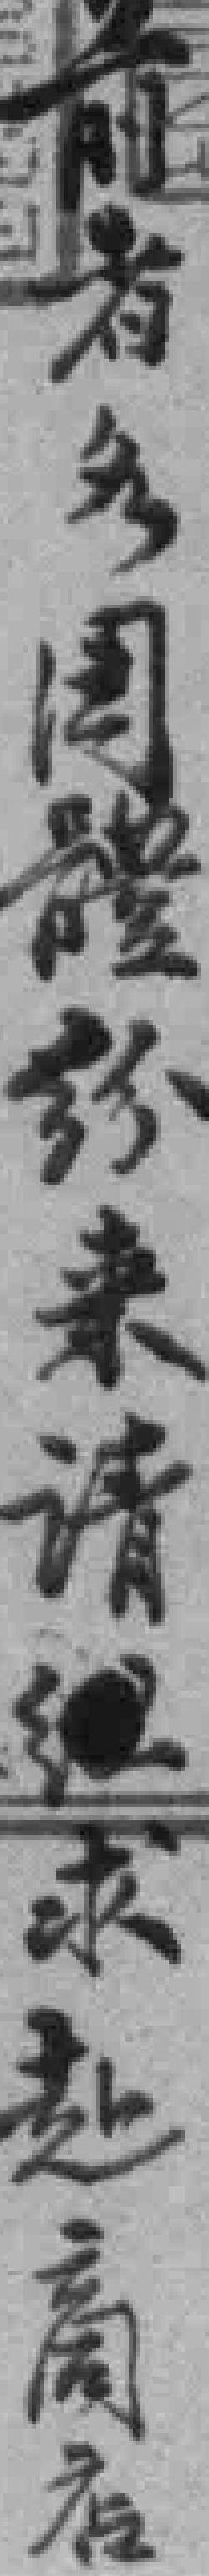
前者多*體纷来请*求赴商店